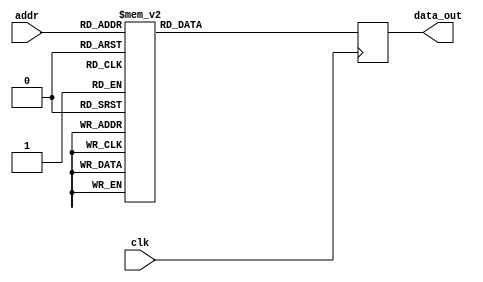
module FFT_twiddle_ROM_img_15(
    input wire clk,
    input wire [4:0] addr,
    output reg [15:0] data_out
);

always @(posedge clk) begin
    case(addr)
5'b00000: data_out <= 16'h0000 ;
5'b00001: data_out <= 16'h0000 ;
5'b00010: data_out <= 16'h0000 ;
5'b00011: data_out <= 16'h0000 ;
5'b00100: data_out <= 16'h0000 ;
5'b00101: data_out <= 16'hFF00 ;
5'b00110: data_out <= 16'h0000 ;
5'b00111: data_out <= 16'hFF00 ;
5'b01000: data_out <= 16'h0000 ;
5'b01001: data_out <= 16'hFF4A ;
5'b01010: data_out <= 16'hFF00 ;
5'b01011: data_out <= 16'hFF4A ;
5'b01100: data_out <= 16'hFF00 ;
5'b01101: data_out <= 16'hFF13 ;
5'b01110: data_out <= 16'hFF4A ;
5'b01111: data_out <= 16'hFF9E ;
5'b10000: data_out <= 16'hFF4A ;
5'b10001: data_out <= 16'hFF71 ;
5'b10010: data_out <= 16'hFF9E ;
5'b10011: data_out <= 16'hFFCE ;
5'b10100: data_out <= 16'hFF9E ;
5'b10101: data_out <= 16'hFFB5 ;
5'b10110: data_out <= 16'hFFCE ;
5'b10111: data_out <= 16'hFFE6 ;
5'b11000: data_out <= 16'hFFCE ;
5'b11001: data_out <= 16'hFFDA ;
5'b11010: data_out <= 16'hFFE6 ;
5'b11011: data_out <= 16'hFFF3 ;

        default: data_out <= 16'h00000;
    endcase
end

endmodule